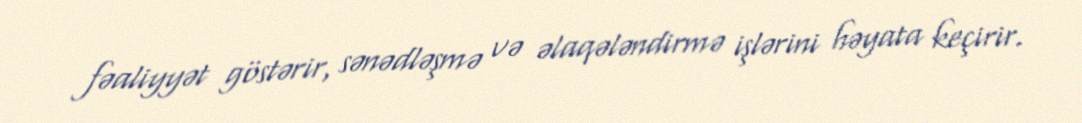
fəaliyyət göstərir, sənədləşmə və əlaqələndirmə işlərini həyata keçirir.